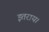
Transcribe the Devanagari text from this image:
इतराय।